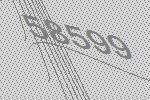
58599